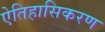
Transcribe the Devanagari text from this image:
ऐतिहासिकरण